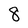
Character: 8